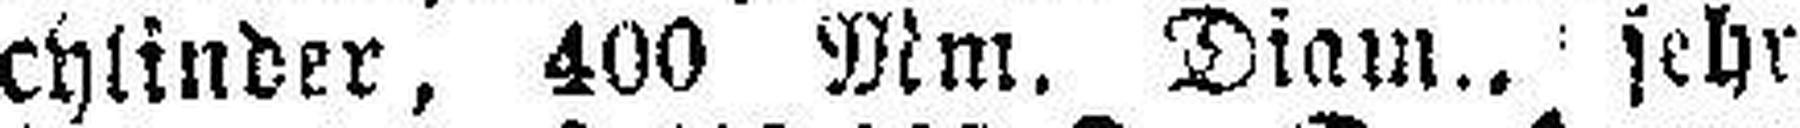
chlinder, 400 Mnr. Diam., sehr